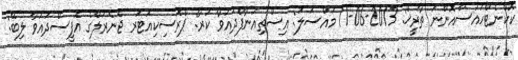
ކޮކްނެޓްހައުސްއޮންނަ ތާރީޚް: 2013-06-11 މައްސަލަ: އިސްތިއުނާފްދައުވާ ކުރާ: ޕްރޮސިކިއުޓަރ ޖެނެރަލްގެ އޮފީސްދައުވާ ލިބޭ: